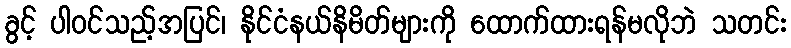
ခွင့် ပါဝင်သည့်အပြင်၊ နိုင်ငံနယ်နိမိတ်များကို ထောက်ထားရန်မလိုဘဲ သတင်း